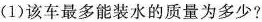
(1)该车最多能装水的质量为多少?